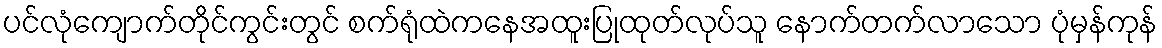
ပင်လုံကျောက်တိုင်ကွင်းတွင် စက်ရုံထဲကနေအထူးပြုထုတ်လုပ်သူ နောက်တက်လာသော ပုံမှန်ကုန်